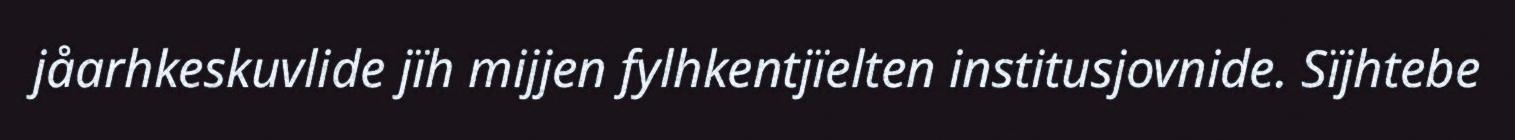
jåarhkeskuvlide jïh mijjen fylhkentjïelten institusjovnide. Sïjhtebe